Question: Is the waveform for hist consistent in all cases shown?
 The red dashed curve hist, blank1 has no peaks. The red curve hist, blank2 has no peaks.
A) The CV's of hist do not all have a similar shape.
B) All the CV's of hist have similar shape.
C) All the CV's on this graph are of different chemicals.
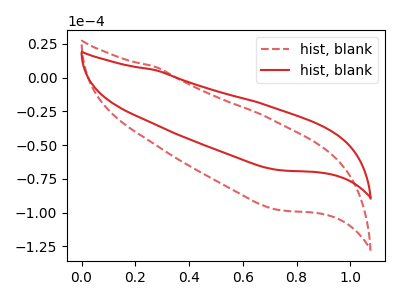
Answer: <think>Neither "hist, blank1" or "hist, blank2" have any peaks.
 </think>
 <answer>B) All the CV's of "hist" have similar shape.</answer>
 <eval>B</eval>